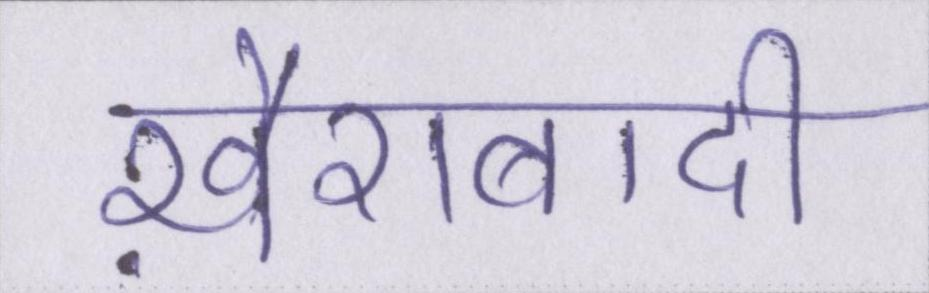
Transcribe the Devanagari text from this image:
ख़ैराबादी